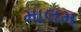
માલમ